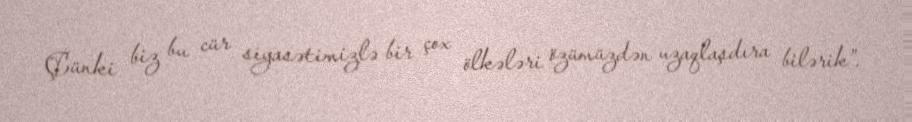
Çünki biz bu cür siyasətimizlə bir çox ölkələri özümüzdən uzaqlaşdıra bilərik”.